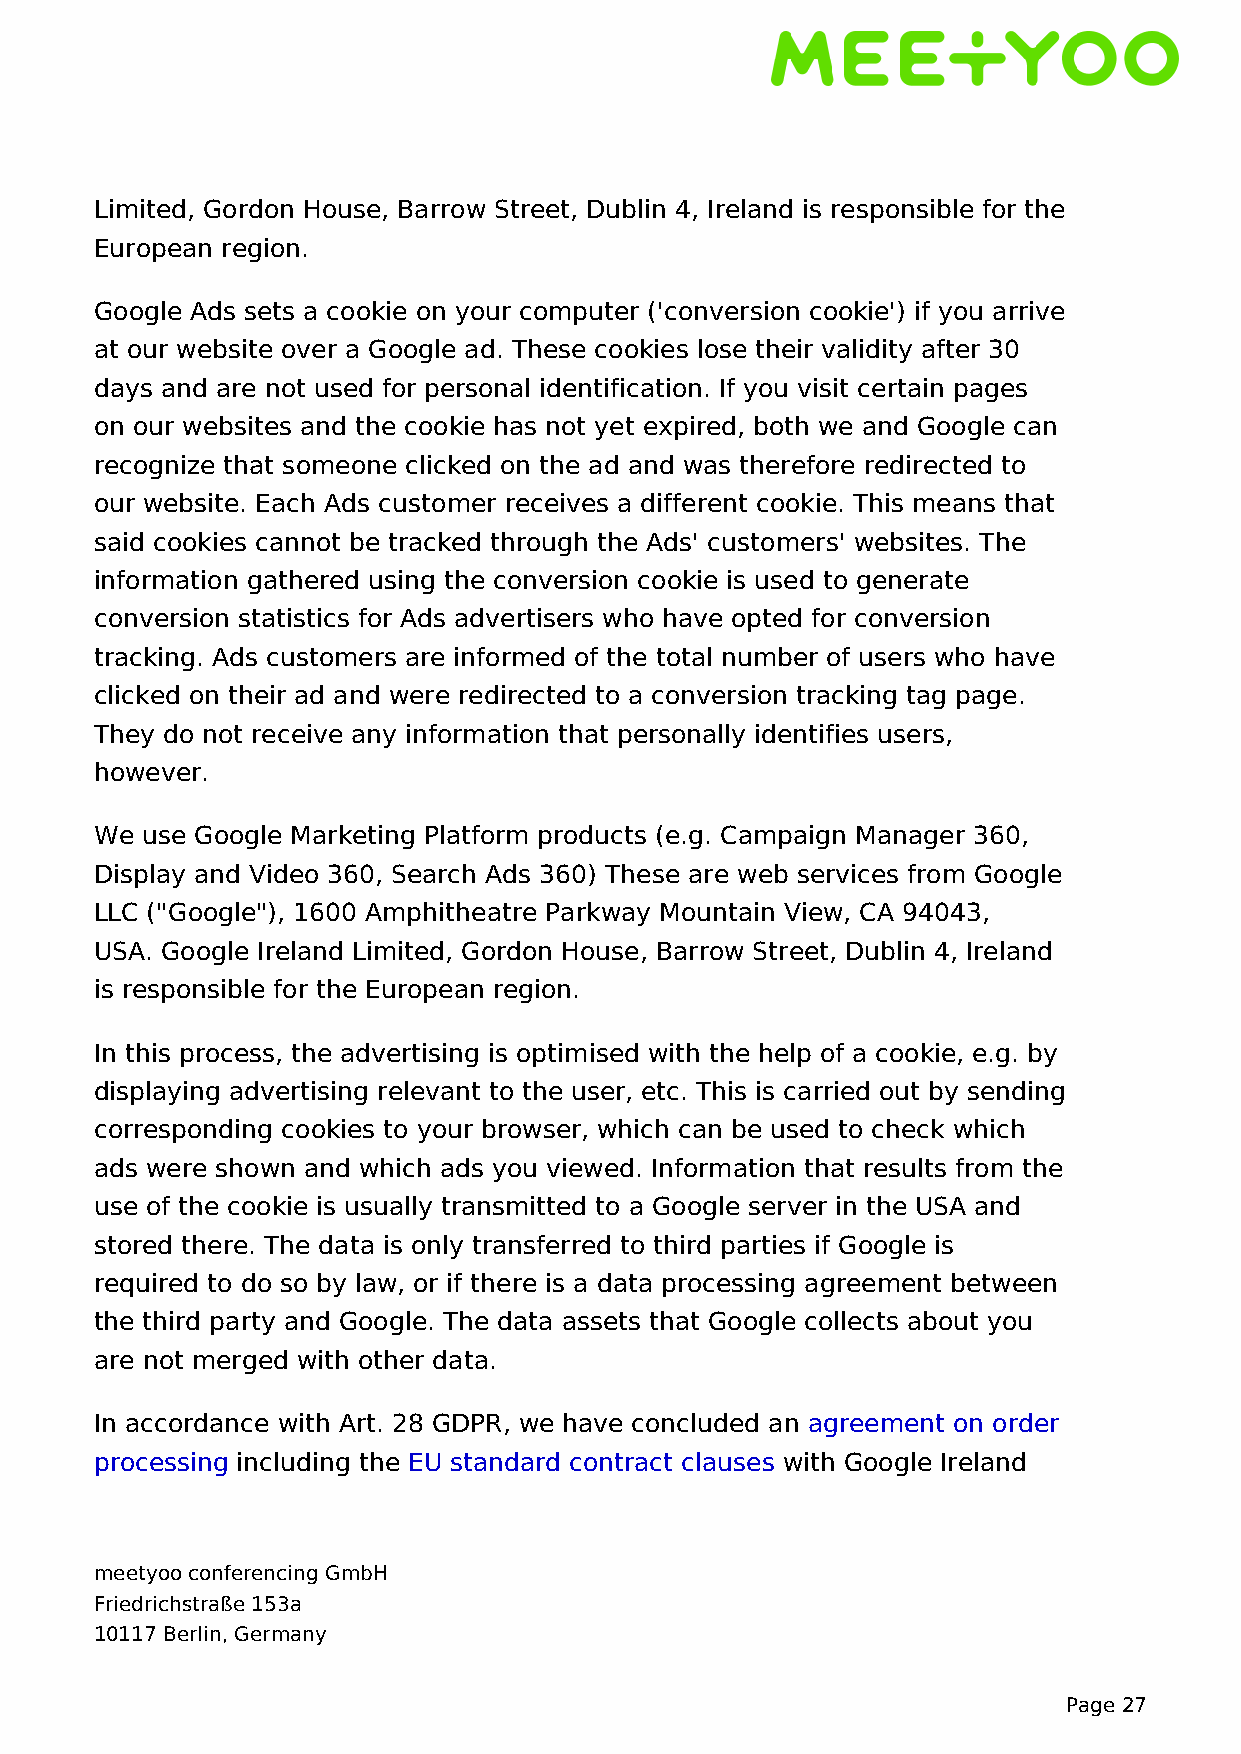
Limited, Gordon House, Barrow Street, Dublin 4, Ireland is responsible for the
 European region.
 Google Ads sets a cookie on your computer ('conversion cookie') if you arrive
 at our website over a Google ad. These cookies lose their validity after 30
 days and are not used for personal identification. If you visit certain pages
 on our websites and the cookie has not yet expired, both we and Google can
 recognize that someone clicked on the ad and was therefore redirected to
 our website. Each Ads customer receives a different cookie. This means that
 said cookies cannot be tracked through the Ads' customers' websites. The
 information gathered using the conversion cookie is used to generate
 conversion statistics for Ads advertisers who have opted for conversion
 tracking. Ads customers are informed of the total number of users who have
 clicked on their ad and were redirected to a conversion tracking tag page.
 They do not receive any information that personally identifies users,
 however.
 We use Google Marketing Platform products (e.g. Campaign Manager 360,
 Display and Video 360, Search Ads 360) These are web services from Google
 LLC ("Google"), 1600 Amphitheatre Parkway Mountain View, CA 94043,
 USA. Google Ireland Limited, Gordon House, Barrow Street, Dublin 4, Ireland
 is responsible for the European region.
 In this process, the advertising is optimised with the help of a cookie, e.g. by
 displaying advertising relevant to the user, etc. This is carried out by sending
 corresponding cookies to your browser, which can be used to check which
 ads were shown and which ads you viewed. Information that results from the
 use of the cookie is usually transmitted to a Google server in the USA and
 stored there. The data is only transferred to third parties if Google is
 required to do so by law, or if there is a data processing agreement between
 the third party and Google. The data assets that Google collects about you
 are not merged with other data.
 In accordance with Art. 28 GDPR, we have concluded an agreement on order
 processing including the EU standard contract clauses with Google Ireland
 meetyoo conferencing GmbH
 Friedrichstraße 153a
 10117 Berlin, Germany
 Page 27